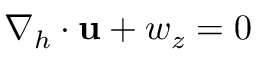
\nabla _ { h } \cdot { \bf u } + w _ { z } = 0